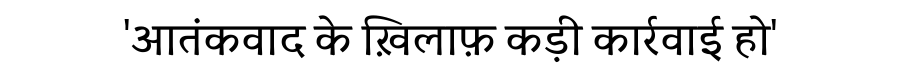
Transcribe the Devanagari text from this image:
'आतंकवाद के ख़िलाफ़ कड़ी कार्रवाई हो'